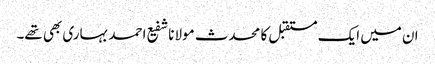
ان میں ایک مستقبل کا محدث مولانا شفیع احمد بہاری بھی تھے۔